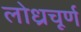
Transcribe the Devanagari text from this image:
लोध्रचूर्ण